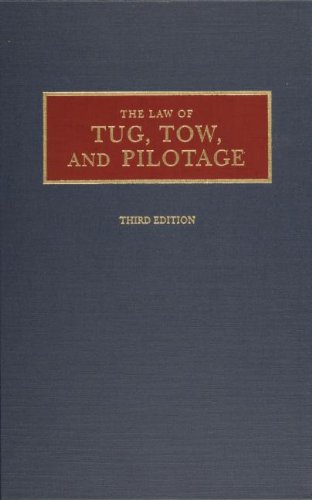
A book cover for The Law of Tug, Tow, and Pilotage; Alex L. Parks; Law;